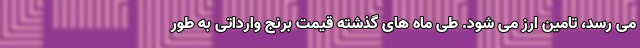
می رسد، تامین ارز می شود. طی ماه های گذشته قیمت برنج وارداتی به طور